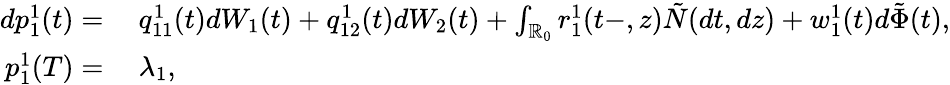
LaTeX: \begin{array}{rl}{dp_{1}^{1}(t)=}&{\ q_{11}^{1}(t)dW_{1}(t)+q_{12}^{1}(t)dW_{2}(t)+\int_{\mathbb{R}_{0}}r_{1}^{1}(t-,z)\tilde{N}(dt,dz)+w_{1}^{1}(t)d\tilde{\Phi}(t),}\\ {p_{1}^{1}(T)=}&{\ \lambda_{1},}\end{array}